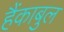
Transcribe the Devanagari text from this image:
हैंकाबुल